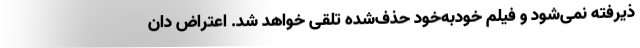
ذیرفته نمی‌شود و فیلم خودبه‌خود حذف‌شده تلقی خواهد شد. اعتراض دان